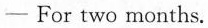
- For two months.